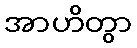
အာဟိတွာ